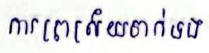
ការប្រាស្រ័យទាក់ទង